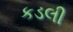
કડલી